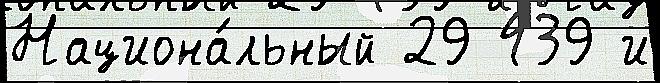
Национа́льный 29 439 и